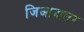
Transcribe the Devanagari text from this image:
जिआदातर